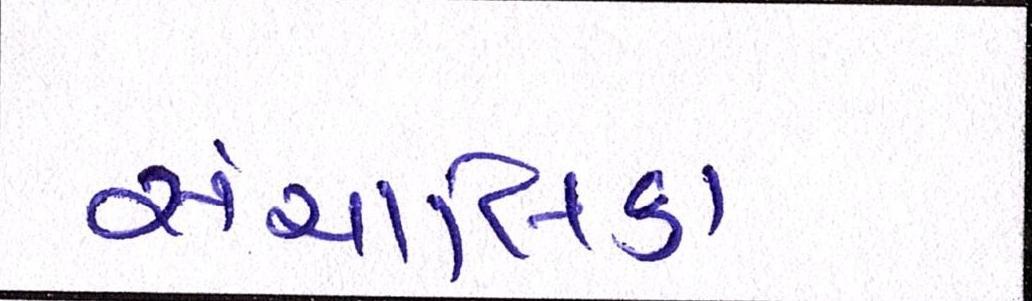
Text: સંચાલિકા